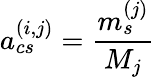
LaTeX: a_{cs}^{(i,j)}=\frac{m_{s}^{(j)}}{M_{j}}